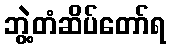
ဘွဲ့တံဆိပ်တော်ရ